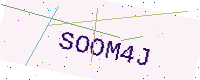
Text: SOOM4J